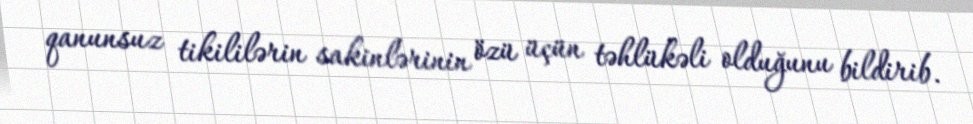
qanunsuz tikililərin sakinlərinin özü üçün təhlükəli olduğunu bildirib.